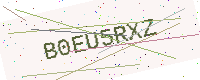
Text: B0EU5RXZ